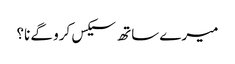
میرے ساتھ سیکس کرو گے نا؟